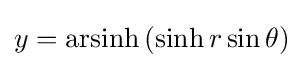
y=\operatorname {arsinh} \,(\sinh r\sin \theta )